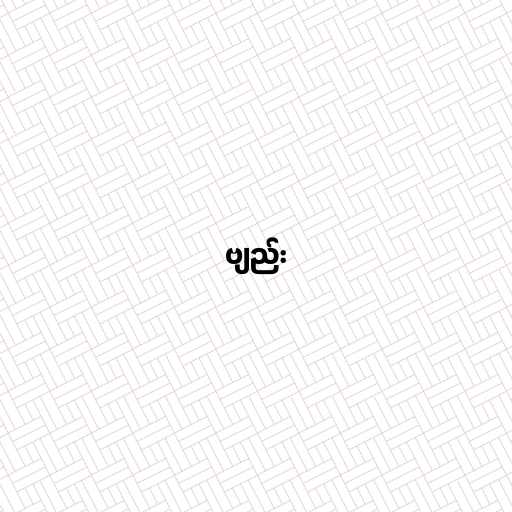
ဗျည်း